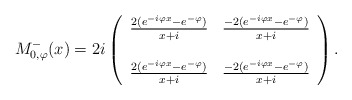
\begin{align*}M_{0, \varphi}^{-}(x) =2 i \left(\begin{array}{cc}\frac{2 (e^{- i \varphi x} - e^{- \varphi})}{x + i} & \frac{- 2 (e^{- i \varphi x} - e^{- \varphi})}{x + i} \\& \\\frac{2 (e^{- i \varphi x} - e^{- \varphi})}{x + i} & \frac{- 2 (e^{- i \varphi x} - e^{- \varphi})}{x + i}\end{array}\right).\end{align*}